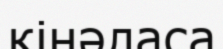
кінәласа